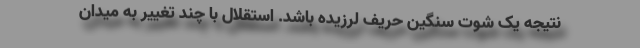
نتیجه یک شوت سنگین حریف لرزیده باشد. استقلال با چند تغییر به میدان